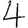
Digit: 4